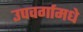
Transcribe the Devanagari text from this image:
उपवर्गामधे